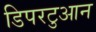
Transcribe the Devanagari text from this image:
डिपरटुआन